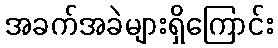
အခက်အခဲများရှိကြောင်း